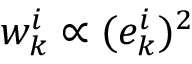
w _ { k } ^ { i } \propto ( e _ { k } ^ { i } ) ^ { 2 }